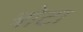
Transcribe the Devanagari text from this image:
त्रोटा